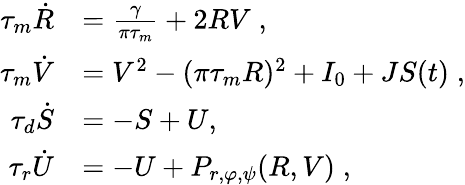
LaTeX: \begin{array}{rl}{\tau_{m}\dot{R}}&{=\frac{\gamma}{\pi\tau_{m}}+2RV\; ,}\\ {\tau_{m}\dot{V}}&{=V^{2}-(\pi\tau_{m}R)^{2}+I_{0}+JS(t)\; ,}\\ {\tau_{d}\dot{S}}&{=-S+U,\; }\\ {\tau_{r}\dot{U}}&{=-U+P_{r,\varphi,\psi}(R,V)\; ,}\end{array}